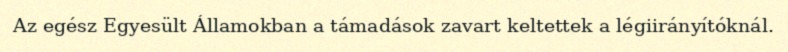
Az egész Egyesült Államokban a támadások zavart keltettek a légiirányítóknál.